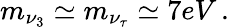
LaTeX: m_{\nu_{3}}\simeq m_{\nu_{\tau}}\simeq 7eV\, .